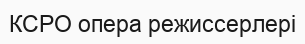
КСРО опера режиссерлері